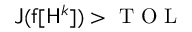
\mathsf { J } ( \mathsf { f } [ \mathsf { H } ^ { k } ] ) > \mathrm { ~ T ~ O ~ L ~ }